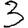
Digit: 3